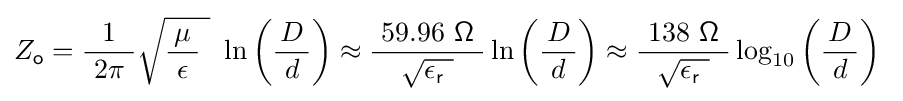
Z_{\mathsf {o}}={\frac {1}{\ 2\pi \ }}{\sqrt {{\frac {\mu }{\ \epsilon \ }}\ }}\ \ln \left({\frac {D}{\ d\ }}\right)\approx {\frac {\ 59.96\ {\mathsf {\Omega }}\ }{\sqrt {\epsilon _{\mathsf {r}}\ }}}\ln \left({\frac {D}{\ d\ }}\right)\approx {\frac {\ 138\ {\mathsf {\Omega }}\ }{\sqrt {\epsilon _{\mathsf {r}}\ }}}\log _{10}\left({\frac {D}{\ d\ }}\right)~